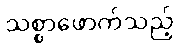
သစ္စာဖောက်သည့်